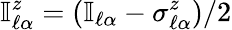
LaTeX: \mathbb{I}_{\ell\alpha}^{z}=(\mathbb{I}_{\ell\alpha}-\sigma_{\ell\alpha}^{z})/2